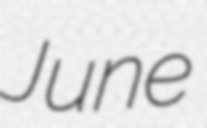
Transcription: June